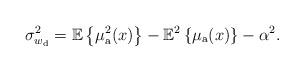
LaTeX: \begin{align*}\sigma_{w_{\rm d}}^2=\mathbb{E}\left\{\mu^2_{\rm a}(x)\right\}-\mathbb{E}^2\left\{\mu_{\rm a}(x)\right\}-\alpha^2.\end{align*}